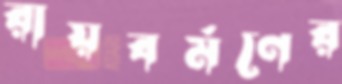
রায়বর্মণের